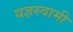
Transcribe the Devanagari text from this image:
यज्ञस्वामी